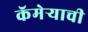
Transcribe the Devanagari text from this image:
कॅमेर्‍याची